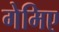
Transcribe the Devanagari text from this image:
गेमिए